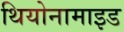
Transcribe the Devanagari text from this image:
थियोनामाइड